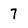
Character: 7